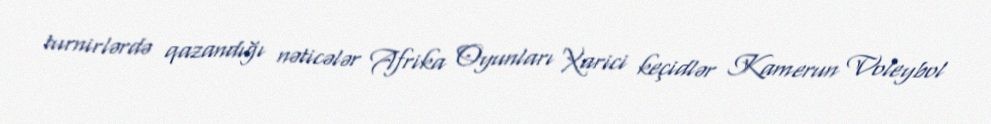
turnirlərdə qazandığı nəticələr Afrika Oyunları Xarici keçidlər Kamerun Voleybol